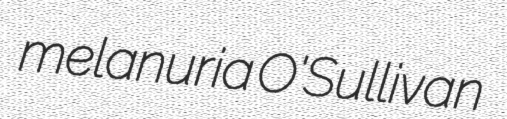
melanuria O'Sullivan